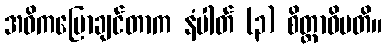
အဓိကပြောချင်တာက နံပါတ် (၃) စိတ္တာဓိပတိ။